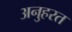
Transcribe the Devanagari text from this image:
अनुहरत